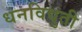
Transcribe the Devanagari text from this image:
धनविद्युती